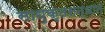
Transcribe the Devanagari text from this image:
साधुकृतसन्धानं